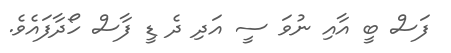
ފަސް ބީ އާއި ނުވަ ސީ އަދި ދެ ޑީ ފާސް ހޯދާފައެވެ.